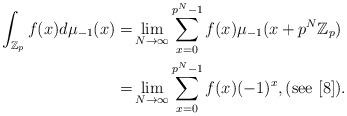
LaTeX: \begin{align*}\int_{\mathbb{Z}_p} f(x) d \mu_{-1}(x) =& \lim_{N \rightarrow \infty} \sum_{x=0}^{p^N-1} f(x) \mu_{-1} (x+ p^N \mathbb{Z}_p)\\=& \lim_{N \rightarrow \infty} \sum_{x=0}^{p^N-1} f(x) (-1)^x, (\textnormal{see} \,\, [8]).\end{align*}